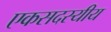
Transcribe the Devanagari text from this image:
एकसदस्यीय